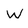
Character: W